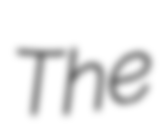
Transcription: The